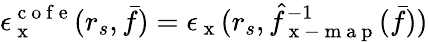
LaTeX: \epsilon_{\mathrm{~x~}}^{\mathrm{~c~o~f~e~}}(r_{s},\bar{f})=\epsilon_{\mathrm{~x~}}(r_{s},\hat{f}_{\mathrm{~x~-~m~a~p~}}^{-1}(\bar{f}))